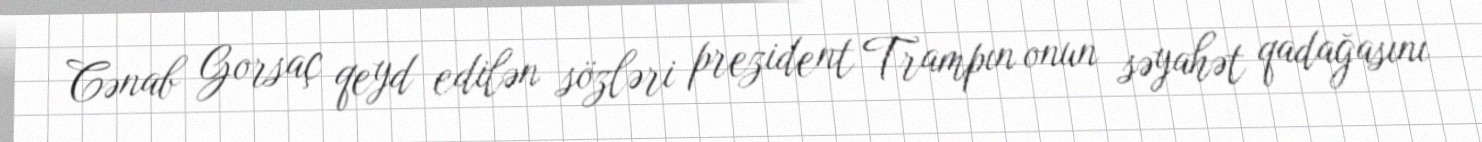
Cənab Gorsaç qeyd edilən sözləri prezident Trampın onun səyahət qadağasını